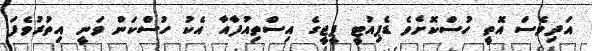
އަދިވެސް އޮތީ ހުސްކޮށެވެ ޑެޕިއުޓީ ޕީޖީގެ އިސްތިއުފާއާ އެކު ހުސްކަން ވަނީ އިތުރުވެފަ